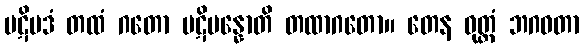
ပဋိပဒံ တထံ ဂတော ပဋိပန္နောတိ တထာဂတော။ တေန ဝုတ္တံ ဘဂဝတာ